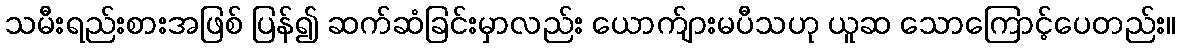
သမီးရည်းစားအဖြစ် ပြန်၍ ဆက်ဆံခြင်းမှာလည်း ယောက်ျားမပီသဟု ယူဆ သောကြောင့်ပေတည်း။